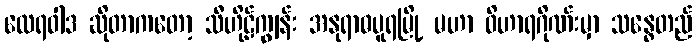
ထေရဝါဒ ဆိုတာကတော့ သီဟိုဠ်ကျွန်း အနုရာဓပူရမြို့ မဟာ ဝိဟာရဂိုဏ်းမှာ သန္ဓေတည်